Leaving Certificate, 1900
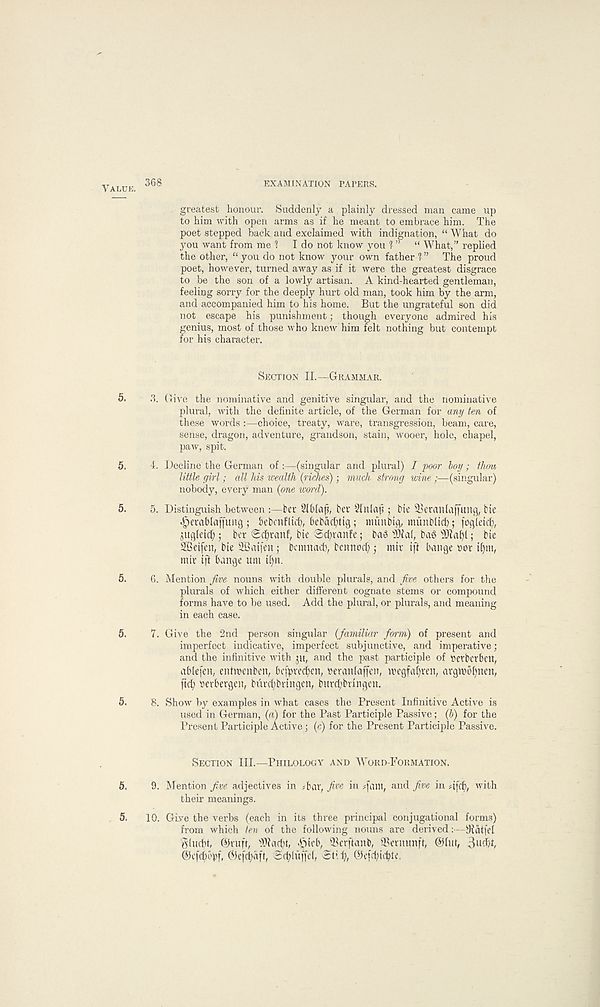
Value. 368
EXAMINATION PAPERS.
greatest honour. Suddenly a plainly dressed man came up
to him with open arms as if he meant to embrace him. The
poet stepped back and exclaimed with indignation, “ What do
you want from me ' ! ■ I do not know you 1 ” “ What,” replied
the other, “you do not know your own father 1 ” The proud
poet, however, turned away as if it were the greatest disgrace
to be the son of a lowly artisan. A kind-hearted gentleman,
feeling sorry for the deeply hurt old man, took him by the arm,
and accompanied him to his home. But the ungrateful son did
not escape his punishment; though everyone admired his
genius, most of those who knew him felt nothing but contempt
for his character.
Section II.—Grammar.
5. 3. Give the nominative and genitive singular, and the nominative
plural, with the definite article, of the German for any ten of
these words :—choice, treaty, ware, transgression, beam, care,
sense, dragon, adventure, grandson, stain, wooer, hole, chapel,
paw, spit.
5. 4. Decline the German of :—(singular and plural) 7 poor hoy; thm
little girl; all his wealth {riches); much strong wine ;—(singular)
nobody, every man {one word).
5. 5. Distinguish between :—ber 2151af, bev 21nla|3; bie iBeratilaffung, bie
«g)cvablaffung ; bebatflicf), bebacfyttg; munbig, munblid?; fogletd),
$ug(etc() 5 ber Scfyranf, bie $d)ranfe; ba3
bag
; bie
2Beifen, bie SBaifen; beinnad), bennod) j mir iff bange »or if)m,
mir iff bange urn i()n.
5. 6. Mention Jive nouns with double plurals, and jive others for the
plurals of which either different cognate stems or compound
forms have to be used. Add the plural, or plurals, and meaning
in each case.
5. 7. Give the 2nd person singular {familiar form) of present and
imperfect indicative, imperfect subjunctive, and imperative;
and the infinitive with ju, and the past participle of petberbeit,
ablefen, entwenbcn, bcfpvecfyen, reranlaffen, u' egfabven, argmUmen,
fid; tterbergen, burcbbvingen, burcf' bnngcn.
5. 8. Show by examples in what cases the Present Infinitive Active is
used in German, {a) for the Past Participle Passive; {b) for the
Present Participle Active; (c) for the Present Participle Passive.
Section III.—Philology and Word-Formation.
5. 9. Mention five adjectives in T-av, five in ;fa»t, and five in 4fd), with
their meanings.
5. 10. Give the verbs (each in its three principal conjugational forms)
from which ten of the following nouns are derived:—
gludd, ©tuff, iWadu, Tfiob, ®crftanb, Twtmmft, ©lut, 3itdit,
©cfcbepf, ©efd;dff, 2d;luffc(, 3til), ©efd;tc^ty